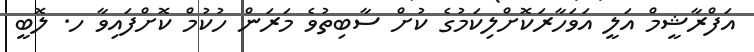
އަފްރާޝީމް އަލީ އަވަހާރަކޮށްލިކަމުގެ ކުށް ސާބިތުވެ މަރަން ހުކުމް ކޮށްފައިވާ ހ. ލޮބީ